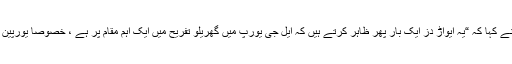
اس موقع پر ایل جی ہوم انٹر ٹینمنٹ کمپنی کے صدر اور سی ای او نے کہا کہ “یہ ایواڑ دز ایک بار پھر ظاہر کرتے ہیں کہ ایل جی یورپ میں گھریلو تفریح میں ایک اہم مقام پر ہے ، خصوصاً یورپین صارفین کے نہایت دلچسپی کے خاص فنکشنز اور ڈیزائن کے ساتھ۔